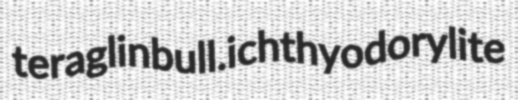
teraglin bull. ichthyodorylite